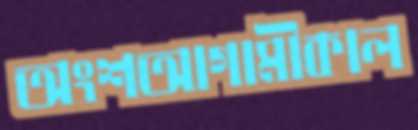
অংশআগামীকাল